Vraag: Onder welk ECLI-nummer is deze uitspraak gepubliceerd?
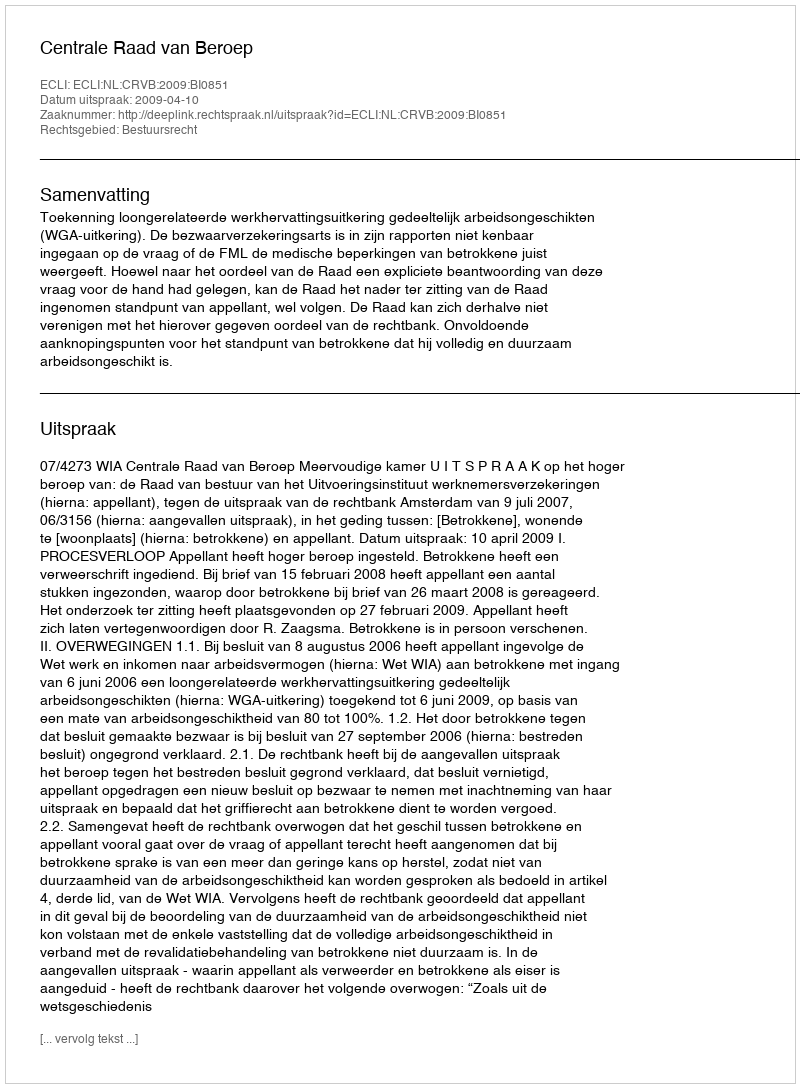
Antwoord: ECLI:NL:CRVB:2009:BI0851